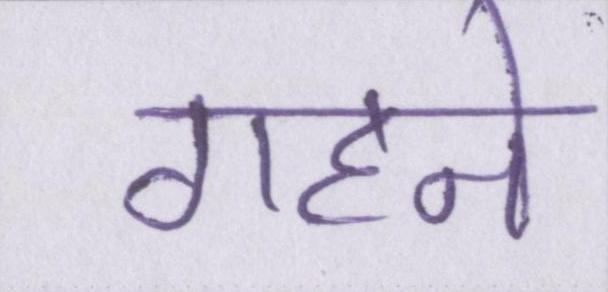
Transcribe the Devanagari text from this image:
गहने